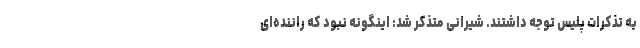
به تذکرات پلیس توجه داشتند. شیرانی متذکر شد: اینگونه نبود که راننده‌ای